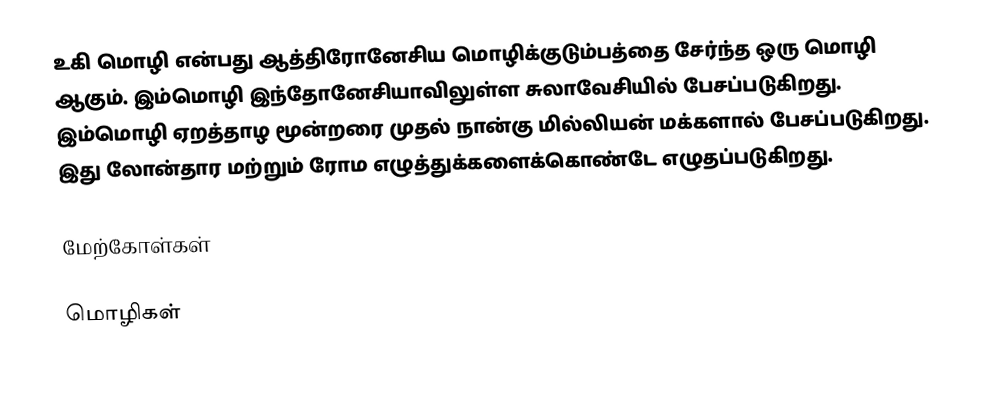
உகி மொழி என்பது ஆத்திரோனேசிய மொழிக்குடும்பத்தை சேர்ந்த ஒரு மொழி ஆகும். இம்மொழி இந்தோனேசியாவிலுள்ள சுலாவேசியில் பேசப்படுகிறது. இம்மொழி ஏறத்தாழ மூன்றரை முதல் நான்கு மில்லியன் மக்களால் பேசப்படுகிறது. இது லோன்தார மற்றும் ரோம எழுத்துக்களைக்கொண்டே எழுதப்படுகிறது.

மேற்கோள்கள்

மொழிகள்